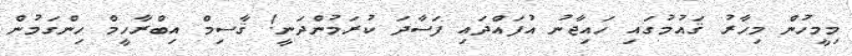
މިމީހުން މިހާރު ޤައުމުގައި ހައިޖާނު އުފައްދައި ފަސާދަ ކުރަމުންދަނީ! ޤާސިމް އިބްރާހީމް ހިންގަމުން